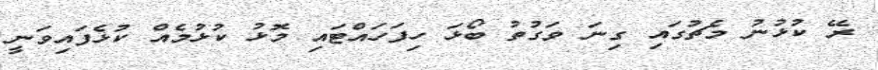
ރޭ ކުޅުނު މެޗުގައި ގިނަ ވަގުތު ބޯޅަ ހިފަހައްޓައި މޮޅު ކުޅުމެއް ކުޅެފައިވަނީ